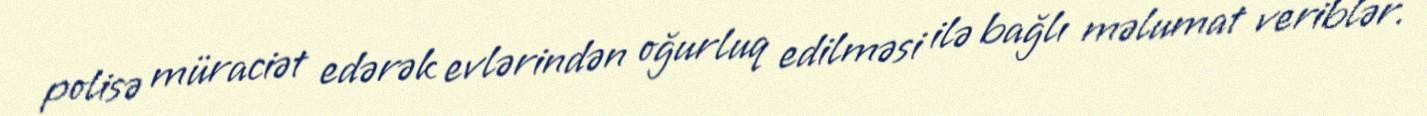
polisə müraciət edərək evlərindən oğurluq edilməsi ilə bağlı məlumat veriblər.